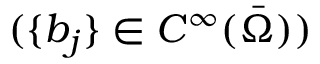
( \{ b _ { j } \} \in C ^ { \infty } ( \Bar { \Omega } ) )